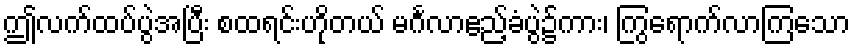
ဤလက်ထပ်ပွဲအပြီး စထရင်းဟိုတယ် မင်္ဂလာဧည့်ခံပွဲ၌ကား၊ ကြွရောက်လာကြသော